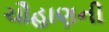
ચૌહાણની